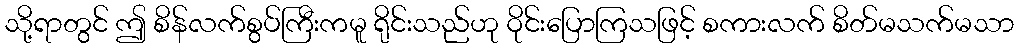
သို့ရာတွင် ဤ စိန်လက်စွပ်ကြီးကမူ ရိုင်းသည်ဟု ဝိုင်းပြောကြသဖြင့် စကားလက် စိတ်မသက်မသာ